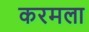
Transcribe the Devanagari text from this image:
करमला